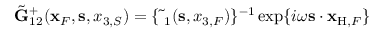
\begin{array} { r } { \tilde { \bf G } _ { 1 2 } ^ { + } ( { \bf x } _ { F } , { \bf s } , x _ { 3 , S } ) = \{ \tilde { \bf \Delta } _ { 1 } ( { { \bf s } } , x _ { 3 , F } ) \} ^ { - 1 } \exp \{ i \omega { \bf s } \cdot { \bf x } _ { \mathrm { H } , F } \} } \end{array}